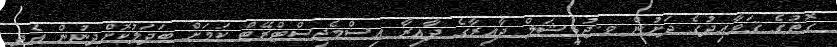
ގޮތުގެ ޤަވާއިދުގެ ދަށުން ވ.ޖުޑީޝަލް ދާއިރާގެ ދާއިރާ އިސްމެޖިސްޓްރޭޓް ކަމަށް ބަދަލުކޮށްދިނުން އެދި